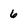
Character: 6